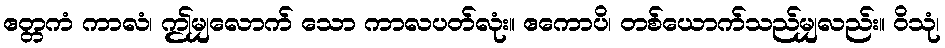
ဧတ္တကံ ကာလံ၊ ဤမျှလောက် သော ကာလပတ်လုံး။ ဧကောပိ၊ တစ်ယောက်သည်မျှလည်း။ ဝိသုံ၊